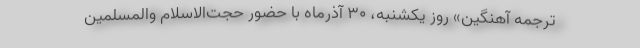
ترجمه آهنگین» روز یکشنبه، ۳۰ آذرماه با حضور حجت‌الاسلام والمسلمین